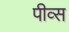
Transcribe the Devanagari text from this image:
पीव्स